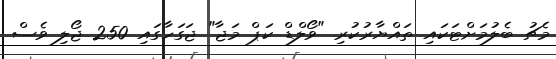
މެޗު ބެލުމަށްޓަކައި ތައްޔާރުކުރި "ވޯލްޑް ކަޕް މަޖާ" ޖަގަހާގައި 250 ޖޯލި ވެސް